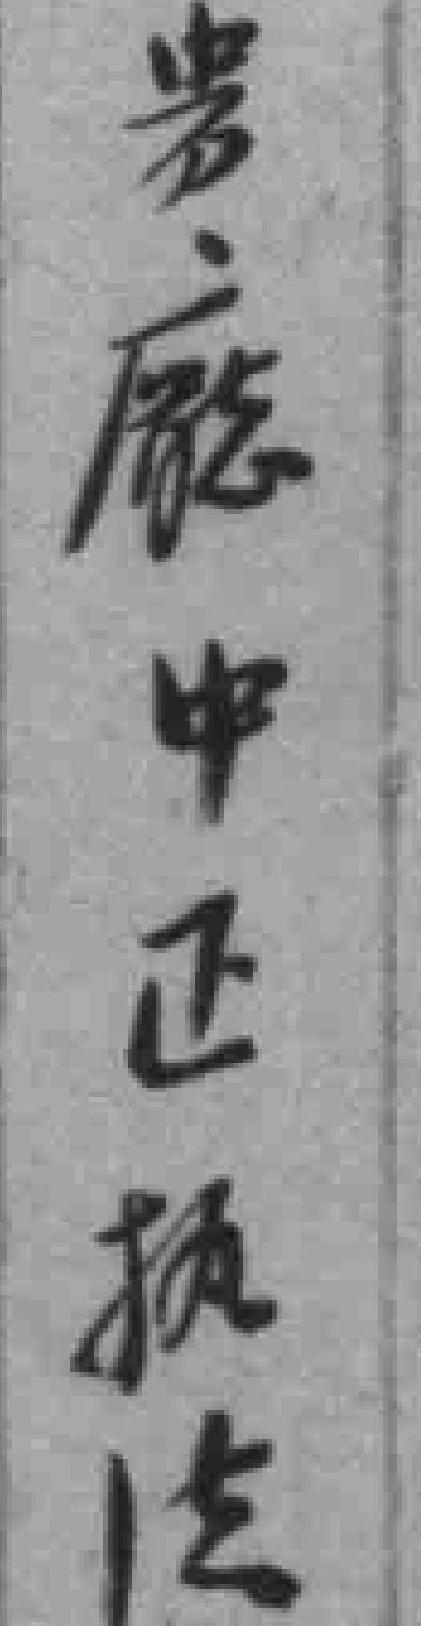
貴廳中正執法